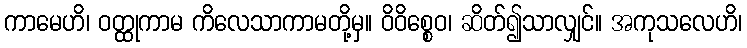
ကာမေဟိ၊ ဝတ္ထုကာမ ကိလေသာကာမတို့မှ။ ဝိဝိစ္စေဝ၊ ဆိတ်၍သာလျှင်။ အကုသလေဟိ၊